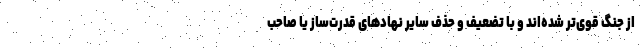
از جنگ قوی‌تر شده‌اند و با تضعیف و حذف سایر نهادهای قدرت‌ساز یا صاحب